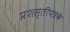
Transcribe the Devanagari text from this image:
प्रशस्तीपत्रके